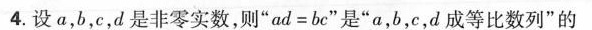
4. 设 a，b，c，d 是非零实数，则“$$a d = b c$$”是“a，b，c，d 成等比数列”的